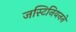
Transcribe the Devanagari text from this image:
जस्टिनियनने